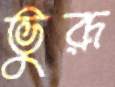
ভুরূ